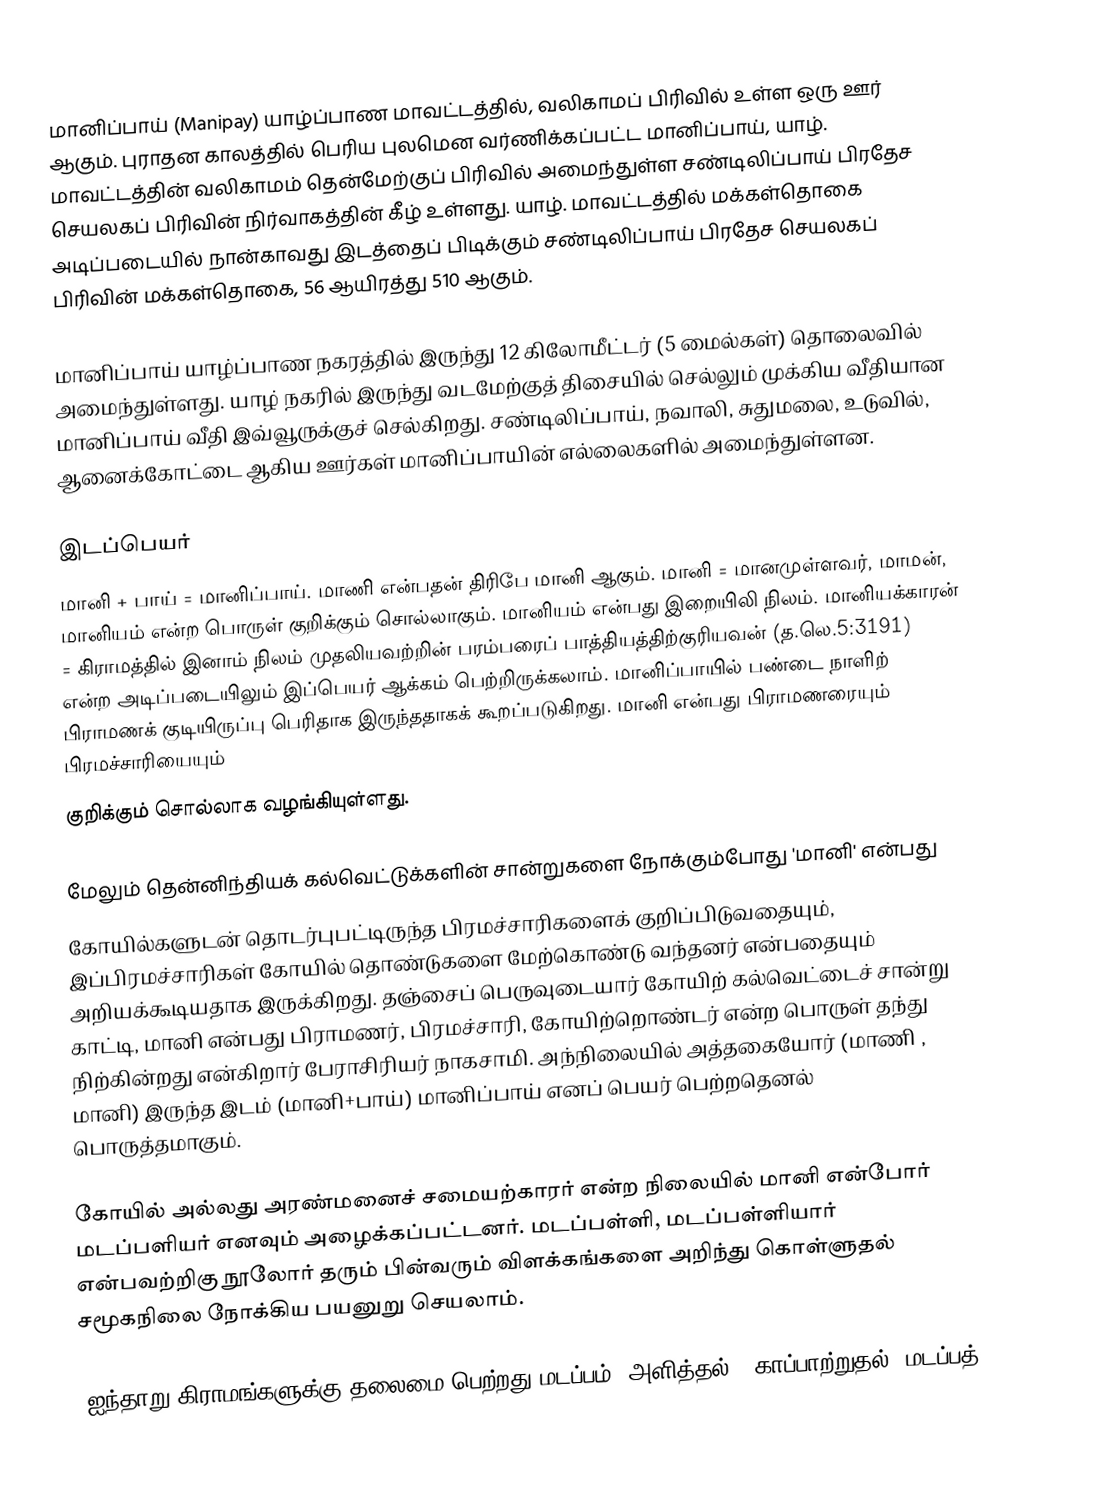
மானிப்பாய் (Manipay) யாழ்ப்பாண மாவட்டத்தில், வலிகாமப் பிரிவில் உள்ள ஒரு ஊர் ஆகும்.  புராதன காலத்தில் பெரிய புலமென வர்ணிக்கப்பட்ட மானிப்பாய், யாழ். மாவட்டத்தின் வலிகாமம் தென்மேற்குப் பிரிவில் அமைந்துள்ள சண்டிலிப்பாய் பிரதேச செயலகப் பிரிவின் நிர்வாகத்தின் கீழ் உள்ளது. யாழ். மாவட்டத்தில் மக்கள்தொகை அடிப்படையில் நான்காவது இடத்தைப் பிடிக்கும் சண்டிலிப்பாய் பிரதேச செயலகப் பிரிவின் மக்கள்தொகை, 56 ஆயிரத்து 510 ஆகும்.

மானிப்பாய் யாழ்ப்பாண நகரத்தில் இருந்து 12 கிலோமீட்டர் (5 மைல்கள்) தொலைவில் அமைந்துள்ளது. யாழ் நகரில் இருந்து வடமேற்குத் திசையில் செல்லும் முக்கிய வீதியான மானிப்பாய் வீதி இவ்வூருக்குச் செல்கிறது. சண்டிலிப்பாய், நவாலி, சுதுமலை, உடுவில், ஆனைக்கோட்டை ஆகிய ஊர்கள் மானிப்பாயின் எல்லைகளில் அமைந்துள்ளன.

இடப்பெயர்
மானி + பாய் = மானிப்பாய். மாணி என்பதன் திரிபே மானி ஆகும். மானி = மானமுள்ளவர், மாமன், மானியம் என்ற பொருள் குறிக்கும் சொல்லாகும். மானியம் என்பது இறையிலி நிலம். மானியக்காரன் = கிராமத்தில் இனாம் நிலம் முதலியவற்றின் பரம்பரைப் பாத்தியத்திற்குரியவன் (த.லெ.5:3191) என்ற அடிப்படையிலும் இப்பெயர் ஆக்கம் பெற்றிருக்கலாம். மானிப்பாயில் பண்டை நாளிற் பிராமணக் குடியிருப்பு பெரிதாக இருந்ததாகக் கூறப்படுகிறது. மானி என்பது பிராமணரையும் பிரமச்சாரியையும்
குறிக்கும் சொல்லாக வழங்கியுள்ளது.

மேலும் தென்னிந்தியக் கல்வெட்டுக்களின் சான்றுகளை நோக்கும்போது 'மானி' என்பது
கோயில்களுடன் தொடர்புபட்டிருந்த பிரமச்சாரிகளைக் குறிப்பிடுவதையும், இப்பிரமச்சாரிகள் கோயில் தொண்டுகளை மேற்கொண்டு வந்தனர் என்பதையும் அறியக்கூடியதாக இருக்கிறது. தஞ்சைப் பெருவுடையார் கோயிற் கல்வெட்டைச் சான்று காட்டி, மானி என்பது பிராமணர், பிரமச்சாரி, கோயிற்றொண்டர் என்ற பொருள் தந்து நிற்கின்றது என்கிறார் பேராசிரியர் நாகசாமி. அந்நிலையில் அத்தகையோர் (மாணி , மானி) இருந்த இடம் (மானி+பாய்) மானிப்பாய் எனப் பெயர் பெற்றதெனல் பொருத்தமாகும்.

கோயில் அல்லது அரண்மனைச் சமையற்காரர் என்ற நிலையில் மானி என்போர் மடப்பளியர் எனவும் அழைக்கப்பட்டனர். மடப்பள்ளி, மடப்பள்ளியார் என்பவற்றிகு நூலோர் தரும் பின்வரும் விளக்கங்களை அறிந்து கொள்ளுதல் சமூகநிலை நோக்கிய பயனுறு செயலாம்.

 "ஐந்தாறு கிராமங்களுக்கு தலைமை பெற்றது மடப்பம், அளித்தல் = காப்பாற்றுதல், மடப்பத்